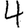
Digit: 4